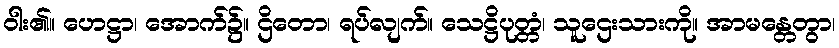
ဝါး၏။ ဟေဋ္ဌာ၊ အောက်၌။ ဌိတော၊ ရပ်လျက်။ သေဋ္ဌိပုတ္တံ၊ သူဌေးသားကို။ အာမန္တေတွာ၊